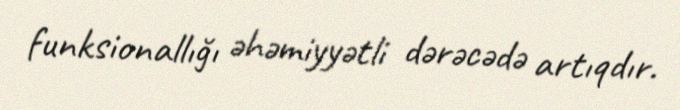
funksionallığı əhəmiyyətli dərəcədə artıqdır.